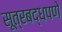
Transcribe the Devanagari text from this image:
सूत्रबद्धपणे